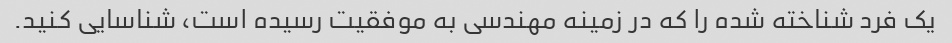
یک فرد شناخته شده را که در زمینه مهندسی به موفقیت رسیده است، شناسایی کنید.